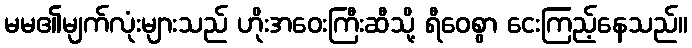
မမ၏မျက်လုံးများသည် ဟိုးအဝေးကြီးဆီသို့ ရီဝေစွာ ငေးကြည့်နေသည်။